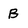
Character: B